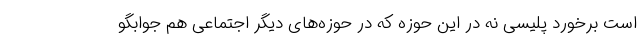
است برخورد پلیسی نه در این حوزه که در حوزه‌های دیگر اجتماعی هم جوابگو